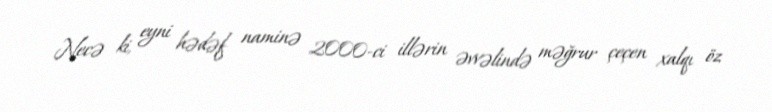
Necə ki, eyni hədəf naminə 2000-ci illərin əvvəlində məğrur çeçen xalqı öz